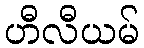
ဟီလီယမ်